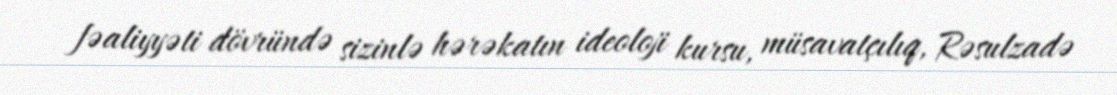
fəaliyyəti dövründə sizinlə hərəkatın ideoloji kursu, müsavatçılıq, Rəsulzadə